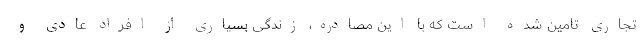
تجاری تامین شده است که با این مصادره، زندگی بسیاری از افراد عادی و